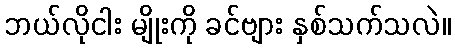
ဘယ်လိုငါး မျိုးကို ခင်ဗျား နှစ်သက်သလဲ။